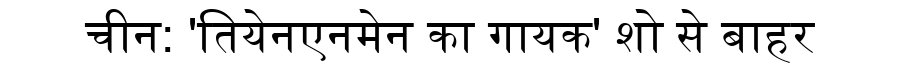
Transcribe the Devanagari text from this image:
चीन: 'तियेनएनमेन का गायक' शो से बाहर